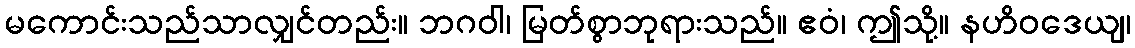
မကောင်းသည်သာလျှင်တည်း။ ဘဂဝါ၊ မြတ်စွာဘုရားသည်။ ဧဝံ၊ ဤသို့။ နဟိဝဒေယျ၊